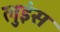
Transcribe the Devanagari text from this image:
लुइंस